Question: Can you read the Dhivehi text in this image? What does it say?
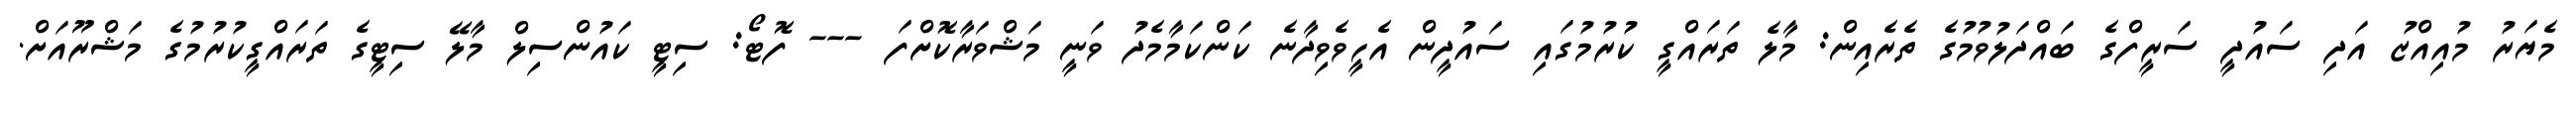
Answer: މެޔަރު މުއިއްޒު އަދި ސައުދީ ސަރީފްގެ ބައްދަލުވުމުގެ ތެރެއިން: މާލެ ތަރައްގީ ކުރުމުގައި ސައުދީން އެހީވެވިދާނެ ކަންކަމާމެދު ވަނީ މަޝްވަރާކޮށްފަ --- ފޮޓޯ: ސިޓީ ކައުންސިލް މާލޭ ސިޓީގެ ތަރައްގީކުރުމުގެ މަޝްރޫއަށް.